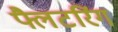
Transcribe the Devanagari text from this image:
फ्लैटरिंग